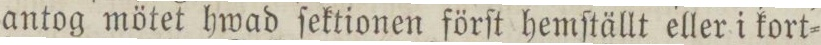
antog mötet hwad ſektionen förſt hemſtällt eller i kort=